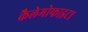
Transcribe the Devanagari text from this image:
कैलेमोफाइटा